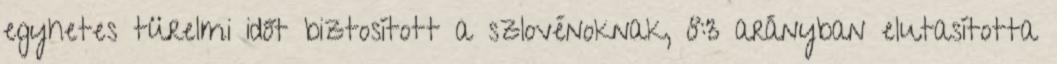
egyhetes türelmi időt biztosított a szlovénoknak, 8:3 arányban elutasította